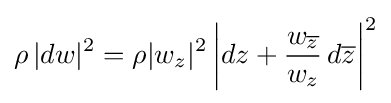
\rho \,|dw|^{2}=\rho |w_{z}|^{2}\left|dz+{w_{\overline {z}} \over w_{z}}\,d{\overline {z}}\right|^{2}